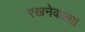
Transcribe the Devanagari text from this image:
रखनेवाला।